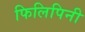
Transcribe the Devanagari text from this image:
फिलिपिनी